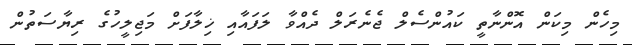
މިހެން މިކަން އޮންނާތީ ކައުންސެލް ޖެނެރަލް ދެއްވާ ލަފައާއި ޚިލާފަށް މަޖިލީހުގެ ރިޔާސަތުން